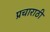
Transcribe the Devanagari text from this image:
प्रचाराठी